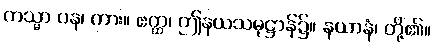
ကသ္မာ ပန၊ ကား။ ဧတ္ထ၊ ဤနယသမုဋ္ဌာန်၌။ နယာနံ၊ တို့၏။